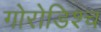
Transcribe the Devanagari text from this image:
गोरोडिश्च